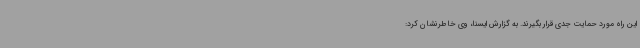
این راه مورد حمایت جدی قرار بگیرند. به گزارش ایسنا، وی خاطرنشان کرد: